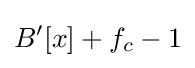
B'[x]+f_{c}-1